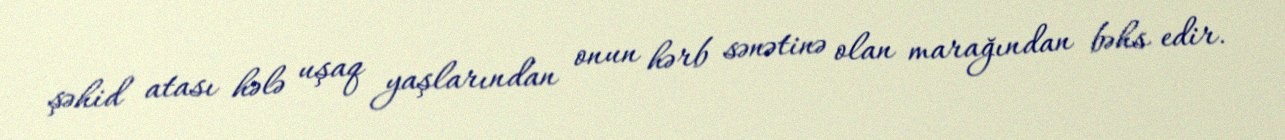
şəhid atası hələ uşaq yaşlarından onun hərb sənətinə olan marağından bəhs edir.